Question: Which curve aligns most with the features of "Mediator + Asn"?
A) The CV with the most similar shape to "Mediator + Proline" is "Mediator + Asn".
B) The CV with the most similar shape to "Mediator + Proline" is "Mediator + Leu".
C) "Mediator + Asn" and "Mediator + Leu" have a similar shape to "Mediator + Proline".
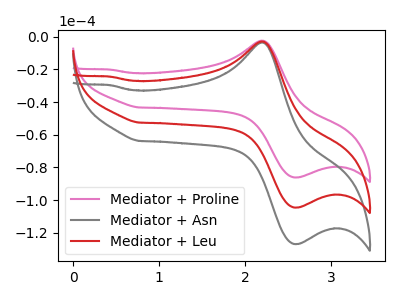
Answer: <think>The pink curve "Mediator + Proline" has an anodic peak at (2.20V, -2.40uA) and a cathodic peak at (2.55V, -86.10uA). The gray curve "Mediator + Asn" has an anodic peak at (2.20V, -5.75uA) and a cathodic peak at (2.55V, -209.00uA). The red curve "Mediator + Leu" has an anodic peak at (2.20V, -2.90uA) and a cathodic peak at (2.55V, -104.50uA).
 All the peaks in "Mediator + Proline" have a peak in "Mediator + Asn" at the same potential. All the peaks in "Mediator + Proline" have a peak in "Mediator + Leu" at the same potential. All the peaks in "Mediator + Asn" have a peak in "Mediator + Leu" at the same potential.</think>
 <answer>C) "Mediator + Asn" and "Mediator + Leu" have a similar shape to "Mediator + Proline".</answer>
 <eval>C</eval>